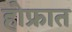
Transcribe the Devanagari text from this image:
होफ्रात